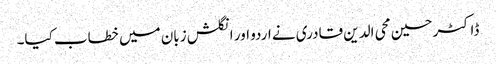
ڈاکٹر حسین محی الدین قادری نے اردو اور انگلش زبان میں خطاب کیا۔